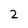
Character: 2